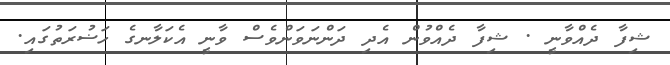
ޝިފާ ދެއްވާނީ . ޝިފާ ދެއްވުން އެދި ދަންނަވަންވެސް ވާނީ އެކަލާނގެ ހަޟުރަތުގައި.